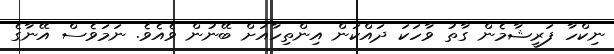
ނިކްހާ ފަރީޝާމެން ގާތު ވާހަކަ ދައްކަން އިންތިހާއަށް ބޭނުން ވެއެވެ. ނަމަވެސް އޭނާގެ